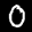
Label: 0